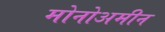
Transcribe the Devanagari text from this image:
मोनोअमीन